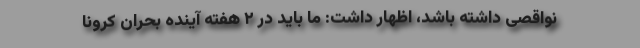
نواقصی داشته باشد، اظهار داشت: ما باید در ۲ هفته آینده بحران کرونا